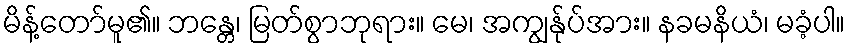
မိန့်တော်မူ၏။ ဘန္တေ၊ မြတ်စွာဘုရား။ မေ၊ အကျွန်ုပ်အား။ နခမနိယံ၊ မခံ့ပါ။